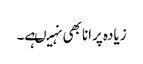
زیادہ پرانا بھی نہیںہے۔